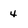
Character: 4